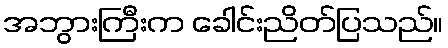
အဘွားကြီးက ခေါင်းညိတ်ပြသည်။